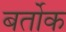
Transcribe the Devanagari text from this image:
बर्तोक